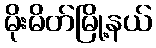
မိုးမိတ်မြို့နယ်